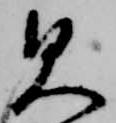
見